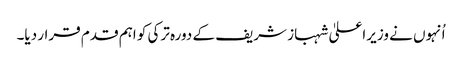
اُنہوں نے وزیراعلیٰ شہباز شریف کے دورہ ترکی کو اہم قدم قرار دیا۔